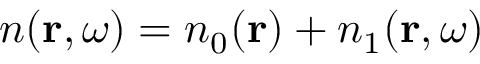
n ( { \bf r } , \omega ) = n _ { 0 } ( { \bf r } ) + n _ { 1 } ( { \bf r } , \omega )